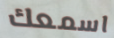
اسمعك